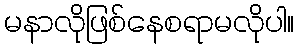
မနာလိုဖြစ်နေစရာမလိုပါ။